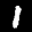
Label: 1